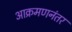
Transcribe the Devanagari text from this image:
आक्रमणनंतर